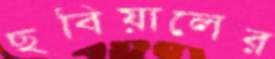
ছবিয়ালের